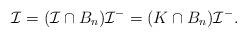
LaTeX: \begin{align*}\mathcal{I}=(\mathcal{I}\cap B_n)\mathcal{I}^-=(K\cap B_n)\mathcal{I}^-.\end{align*}